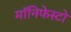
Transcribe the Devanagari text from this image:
मॉनिफेस्टो